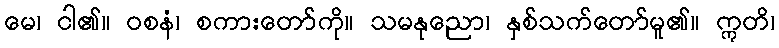
မေ၊ ငါ၏။ ဝစနံ၊ စကားတော်ကို။ သမနုညော၊ နှစ်သက်တော်မူ၏။ ဣတိ၊